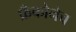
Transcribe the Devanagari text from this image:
फ्रँकोनेच